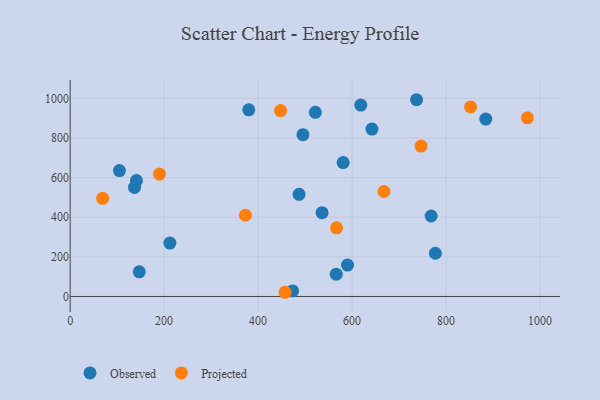
{"axis": {"x": "Ad Spend", "y": "Demand"}, "legend": ["Observed", "Projected"], "data": [{"x": "777.4", "y": 218.1, "type": "Observed"}, {"x": "212.3", "y": 269.4, "type": "Observed"}, {"x": "884.6", "y": 895.7, "type": "Observed"}, {"x": "473.5", "y": 28.2, "type": "Observed"}, {"x": "495.5", "y": 816.8, "type": "Observed"}, {"x": "141.1", "y": 585.1, "type": "Observed"}, {"x": "536.2", "y": 423.0, "type": "Observed"}, {"x": "147.1", "y": 124.5, "type": "Observed"}, {"x": "487.2", "y": 515.8, "type": "Observed"}, {"x": "380.2", "y": 942.2, "type": "Observed"}, {"x": "618.5", "y": 966.3, "type": "Observed"}, {"x": "768.4", "y": 406.2, "type": "Observed"}, {"x": "581.1", "y": 676.0, "type": "Observed"}, {"x": "521.8", "y": 929.8, "type": "Observed"}, {"x": "104.9", "y": 635.7, "type": "Observed"}, {"x": "566.4", "y": 112.5, "type": "Observed"}, {"x": "137.0", "y": 550.6, "type": "Observed"}, {"x": "590.4", "y": 158.6, "type": "Observed"}, {"x": "642.3", "y": 845.1, "type": "Observed"}, {"x": "737.3", "y": 993.2, "type": "Observed"}, {"x": "457.5", "y": 21.2, "type": "Projected"}, {"x": "447.8", "y": 938.4, "type": "Projected"}, {"x": "69.1", "y": 495.6, "type": "Projected"}, {"x": "567.0", "y": 346.7, "type": "Projected"}, {"x": "746.9", "y": 759.3, "type": "Projected"}, {"x": "852.3", "y": 957.1, "type": "Projected"}, {"x": "667.9", "y": 529.8, "type": "Projected"}, {"x": "373.0", "y": 410.0, "type": "Projected"}, {"x": "973.2", "y": 901.6, "type": "Projected"}, {"x": "190.1", "y": 617.8, "type": "Projected"}]}